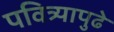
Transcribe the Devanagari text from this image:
पवित्र्यापुढे